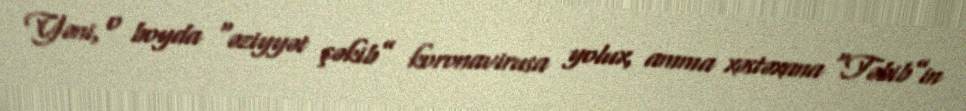
Yəni, o boyda “əziyyət çəkib” koronavirusa yolux, amma xəstəxana “Təbib”in